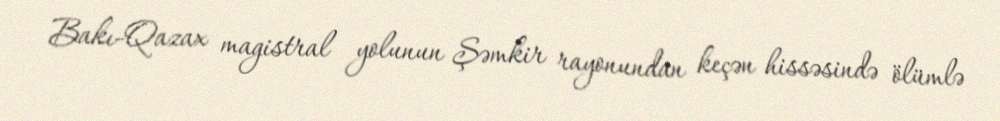
Bakı-Qazax magistral yolunun Şəmkir rayonundan keçən hissəsində ölümlə